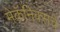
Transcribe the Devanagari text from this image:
मेकॅनिक्सचे